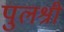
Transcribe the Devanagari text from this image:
पुलश्री